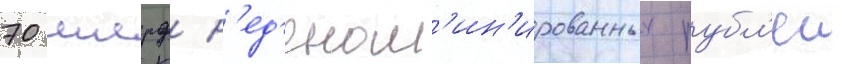
70 млрд н'ед'еном'ин'ированных рубл'еи